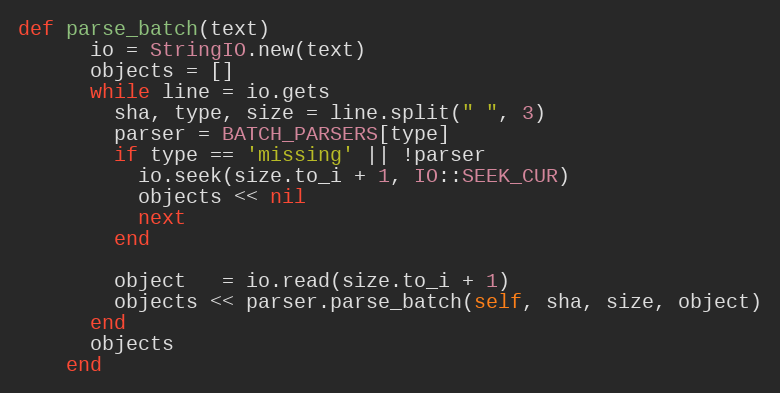
Language: Ruby
def parse_batch(text)
      io = StringIO.new(text)
      objects = []
      while line = io.gets
        sha, type, size = line.split(" ", 3)
        parser = BATCH_PARSERS[type]
        if type == 'missing' || !parser
          io.seek(size.to_i + 1, IO::SEEK_CUR)
          objects << nil
          next
        end

        object   = io.read(size.to_i + 1)
        objects << parser.parse_batch(self, sha, size, object)
      end
      objects
    end